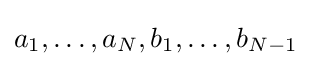
a_{1},\dots ,a_{N},b_{1},\dots ,b_{N-1}